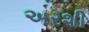
અરશી